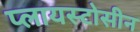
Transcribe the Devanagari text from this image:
प्लायस्टोसीन